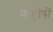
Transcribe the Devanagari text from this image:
नाहीसें